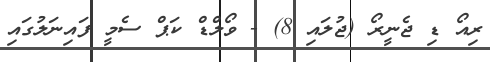
ރިއޯ ޑި ޖެނީރޯ (ޖުލައި 8) - ވޯލްޑް ކަޕް ސެމީ ފައިނަލުގައި